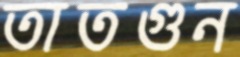
তাতগুন